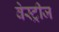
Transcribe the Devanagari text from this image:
वेस्ट्रीज